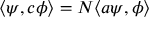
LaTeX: \langle \psi , c \phi \rangle = N \langle a \psi , \phi \rangle